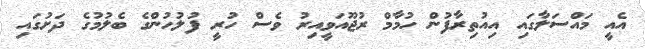
އެއީ މައްސަލާގައި އިއުތިރާފުން ހުމާމް ރުޖޫއަވީއިރު ވެސް ހުރީ ފުލުހުންގެ ބެލުމުގެ ދަށުގައި